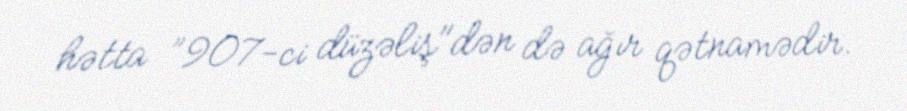
hətta ”907-ci düzəliş"dən də ağır qətnamədir.